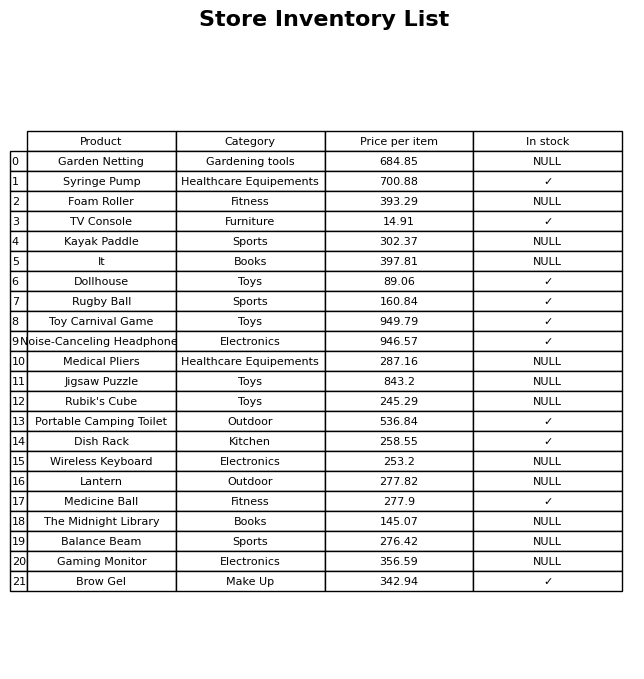
question: What is the stock status of the The Midnight Library?
answer: NULL